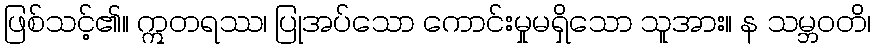
ဖြစ်သင့်၏။ ဣတရဿ၊ ပြုအပ်သော ကောင်းမှုမရှိသော သူအား။ န သမ္ဘဝတိ၊